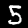
Label: 5